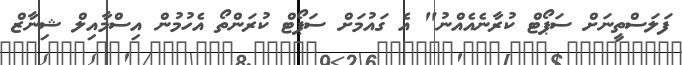
ފަލަސްތީނަށް ސަޕޯޓް ކުރާނެއެއްނު" އެ ގައުމަށް ސަޕޯޓް ކުރަންތޯ އެހުމުން އިސްމާއިލް ޝިނާޒް